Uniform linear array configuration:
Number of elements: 16
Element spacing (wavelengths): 0.75
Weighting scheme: blackman
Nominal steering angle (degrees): -60
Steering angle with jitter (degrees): -60.501
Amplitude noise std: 0.05
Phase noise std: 0.05

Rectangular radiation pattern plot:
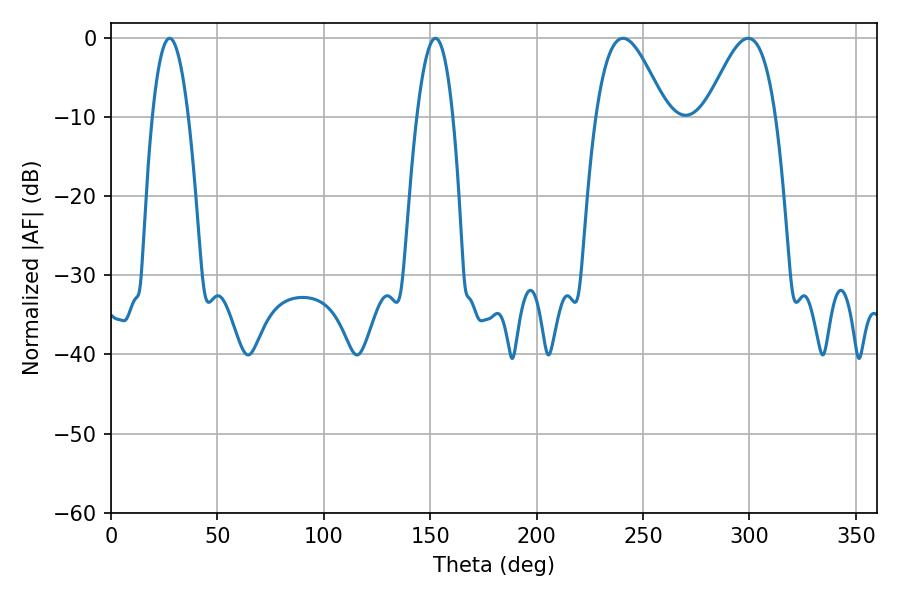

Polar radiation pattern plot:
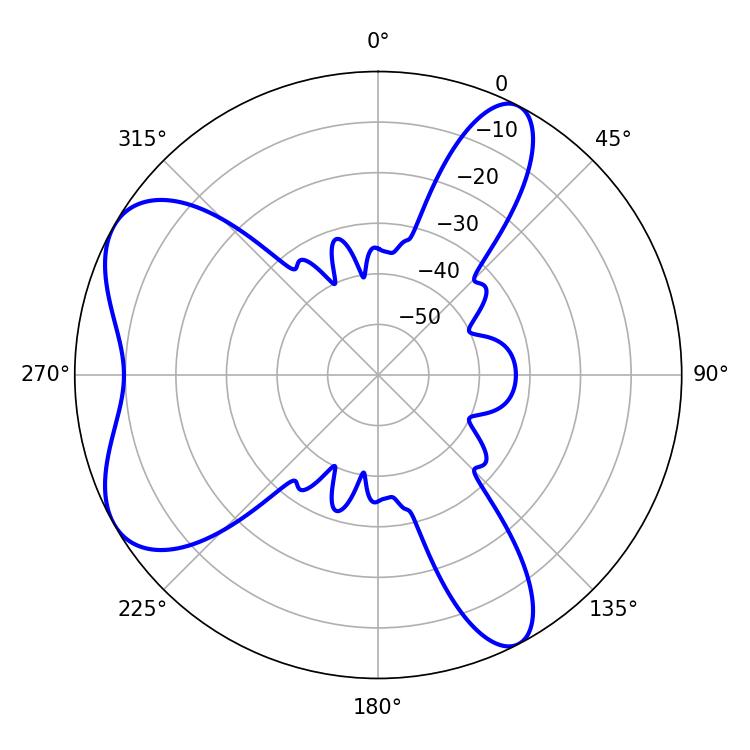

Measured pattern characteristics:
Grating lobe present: TRUE
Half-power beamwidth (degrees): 9.18
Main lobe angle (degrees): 27.54